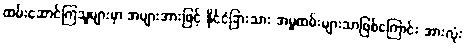
ထမ်းဆောင်ကြသူများမှာ အများအားဖြင့် နိုင်ငံခြားသား အမှုထမ်းများသာဖြစ်ကြောင်း အားလုံး